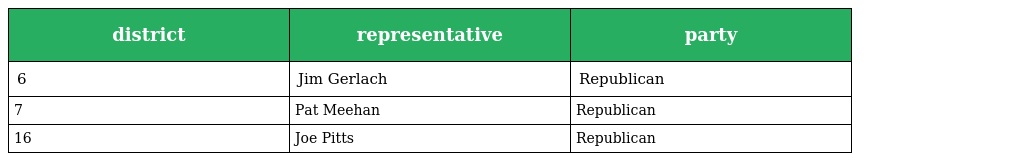
| district | representative | party |
 | --- | --- | --- |
 | 6 | Jim Gerlach | Republican |
 | 7 | Pat Meehan | Republican |
 | 16 | Joe Pitts | Republican |